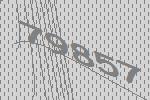
79857